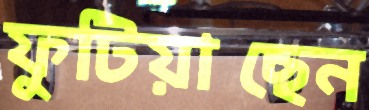
ফুটিয়াছেন